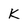
Character: k